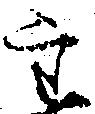
重